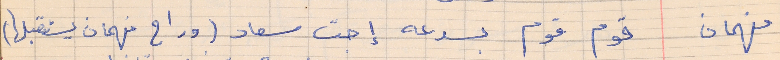
فهمان    قوم قوم بسرعه إجت سعاد (وراح فهمان يستقبلها)